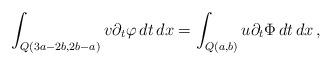
LaTeX: \begin{align*}\int_{Q(3a-2b,2b-a)}v\partial_t\varphi\,dt\,dx=\int_{Q(a,b)}u\partial_t\Phi\,dt\,dx\,,\end{align*}